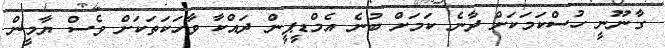
ގާނޫނީ ހުސްކަމަކަށް ދާނެ ކަމަށް ބުނެ އެމްޑީޕީން ދައްކާ ވާހަކަތަކަށް ވެސް ޔާމީން